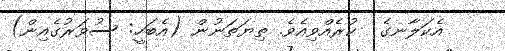
އެކަލާނގެ  ކުރެއްވިއެވެ. ތިޔަތަނުން (އެބަހީ: ސުވަރުގެއިން)